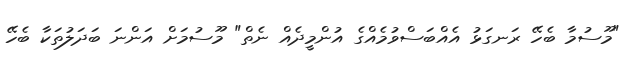
"މޫސުމާ ބެހޭ ރަނގަޅު އެއްބަސްވުމެއްގެ އުންމީދެއް ނެތް" މޫސުމަށް އަންނަ ބަދަލުތަކާ ބެހޭ